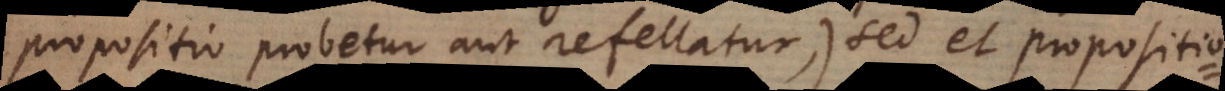
propositio probetur aut refellatur), sed et propositio